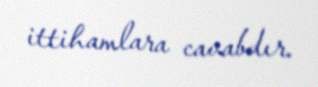
ittihamlara cavabdır.